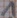
Text: 1